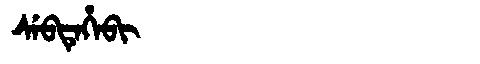
Manchu: ᠰᡝᠪᡨᡝᡥᡝᠪᡳ
Romanization: SEBTEHEBI